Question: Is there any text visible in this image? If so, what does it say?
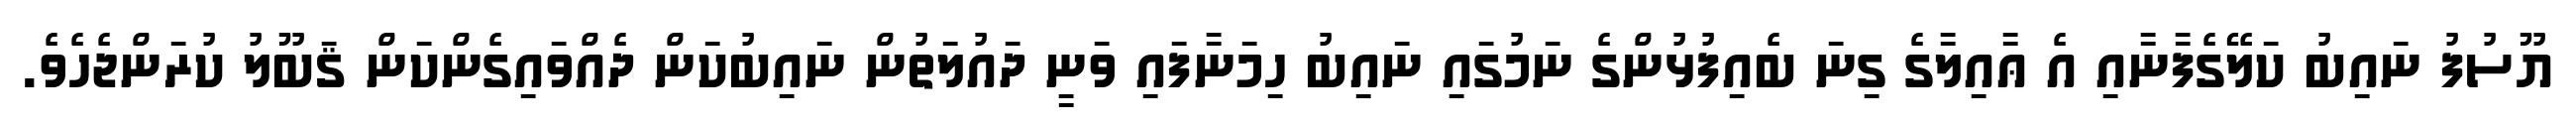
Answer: ޔޫސުފު ނައިބު ކަލޭގެފާނާއި އެ ޢާއިލާގެ ގިނަ ބެއިފުޅުންގެ ނަމުގައި ނައިބު ހިމަނާފައި ވަނީ ދައުލަތުން ނައިބުކަން ދެއްވައިގެންކަން ޤަބޫލު ކުރަންޖެހެވެ.